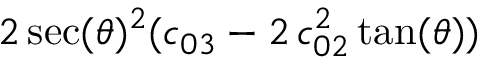
2 \sec ( \theta ) ^ { 2 } ( c _ { 0 3 } - 2 \, c _ { 0 2 } ^ { 2 } \tan ( \theta ) )